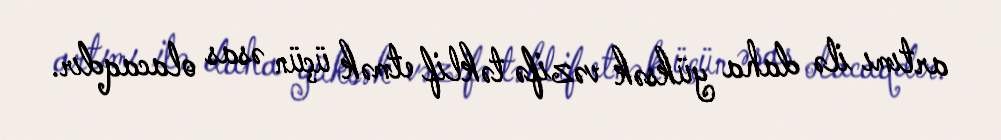
artımı ilə daha yüksək vəzifə təklif etmək üçün əsas olacaqdır.